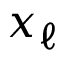
\boldsymbol { x } _ { \ell }